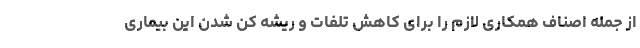
از جمله اصناف همکاری لازم را برای کاهش تلفات و ریشه کن شدن این بیماری